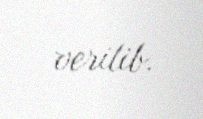
verilib.